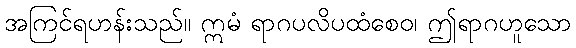
အကြင်ရဟန်းသည်။ ဣမံ ရာဂပလိပထံစေဝ၊ ဤရာဂဟူသော